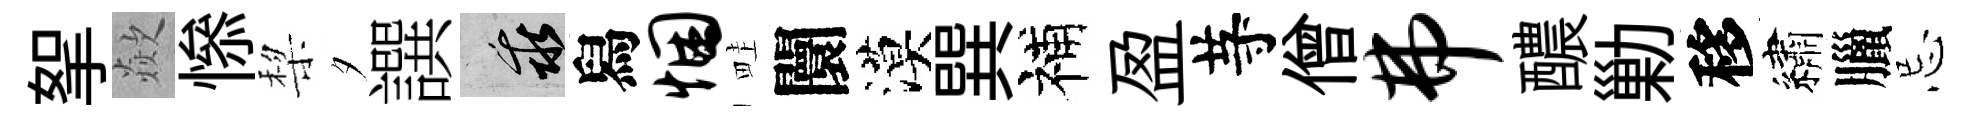
挐歘𢡖棃夕譔乖舄悃畦闤漠巽補盈䒭僧弗醲勦移繡臘忌